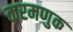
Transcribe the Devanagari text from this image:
करमणुक